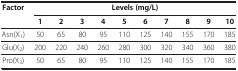
<table><thead><tr><td rowspan="2"><b>Factor</b></td><td colspan="10"><b>Levels (mg/L)</b></td></tr><tr><td><b>1</b></td><td><b>2</b></td><td><b>3</b></td><td><b>4</b></td><td><b>5</b></td><td><b>6</b></td><td><b>7</b></td><td><b>8</b></td><td><b>9</b></td><td><b>10</b></td></tr></thead><tbody><tr><td>Asn(X<sub>1</sub>)</td><td>50</td><td>65</td><td>80</td><td>95</td><td>110</td><td>125</td><td>140</td><td>155</td><td>170</td><td>185</td></tr><tr><td>Glu(X<sub>2</sub>)</td><td>200</td><td>220</td><td>240</td><td>260</td><td>280</td><td>300</td><td>320</td><td>340</td><td>360</td><td>380</td></tr><tr><td>Pro(X<sub>3</sub>)</td><td>50</td><td>65</td><td>80</td><td>95</td><td>110</td><td>125</td><td>140</td><td>155</td><td>170</td><td>185</td></tr></tbody></table>